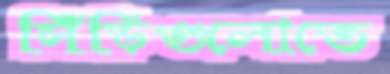
সিঁড়িগুলোতে